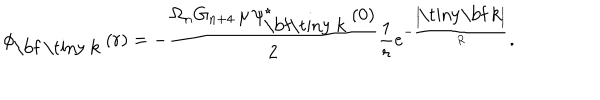
\phi _ { \mathrm { \bf ~ \tiny ~ k } } \left( r \right) = - \frac { \Omega _ { n } G _ { n + 4 } \, \mu \, \psi _ { \mathrm { \bf \tiny ~ k } } ^ { \star } \left( 0 \right) } { 2 } \frac { 1 } { r } e ^ { - \frac { \left| \mathrm { \tiny \bf ~ k } \right| } { R } } .